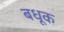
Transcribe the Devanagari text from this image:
बधूक